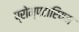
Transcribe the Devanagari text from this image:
प्रोम्पटारियम